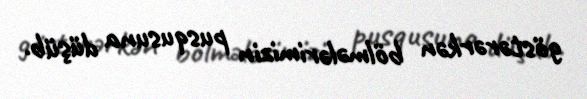
göstərərkən bölmələrimizin pusqusuna düşüb.